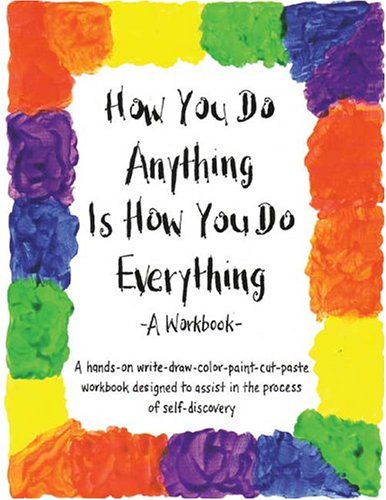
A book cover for How You Do Anything Is How You Do Everything: A Workbook; Cheri Huber; Religion & Spirituality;